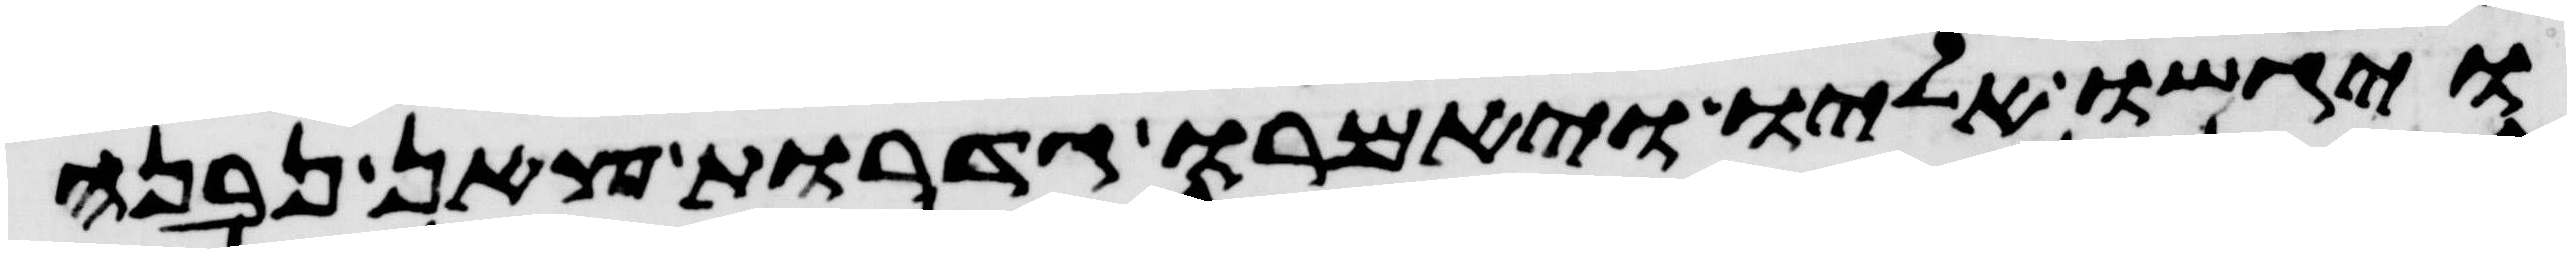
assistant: ויגשו אליו ויאמרו גדרות צאן נבנה